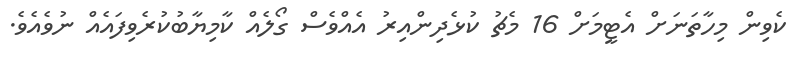
ކެވިން މިހާތަނަށް އެޓީމަށް 16 މެޗު ކުޅެދިންއިރު އެއްވެސް ގޯލެއް ކާމިޔާބުކުރެވިފައެއް ނުވެއެވެ.